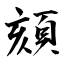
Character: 頦